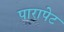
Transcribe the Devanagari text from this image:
पारापेट